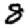
Digit: 8